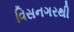
વિસનગરથી